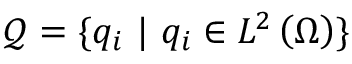
\mathcal { Q } = \{ q _ { i } \ | \ q _ { i } \in L ^ { 2 } \left( \Omega \right) \}